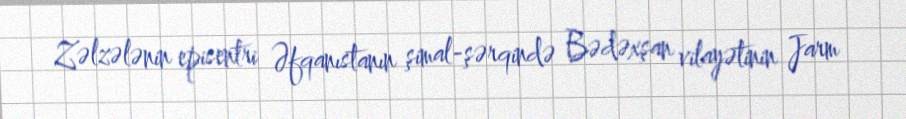
Zəlzələnin episentri Əfqanıstanın şimal-şərqində Bədəxşan vilayətinin Jarm